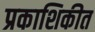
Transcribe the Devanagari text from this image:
प्रकाशिकीत